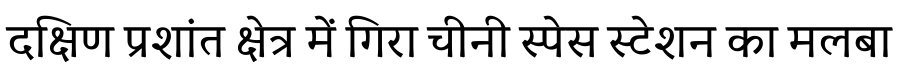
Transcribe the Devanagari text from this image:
दक्षिण प्रशांत क्षेत्र में गिरा चीनी स्पेस स्टेशन का मलबा